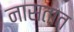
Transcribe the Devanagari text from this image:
नासतात